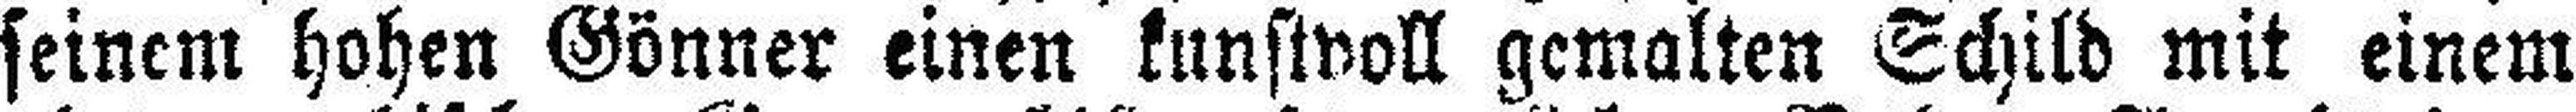
seinem hohen Gönner einen kunstvoll gemalten Schild mit einem